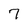
Character: 7